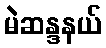
မဲဆန္ဒနယ်